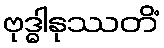
ဗုဒ္ဓါနုဿတိံ